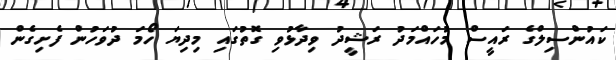
ކައުންސިލްގެ ރައީސް މުހައްމަދު ރަޝީދު ވިދާޅުވި ގޮތުގައި މިދިޔަ ހޯމަ ދުވަހުން ފެށިގެން